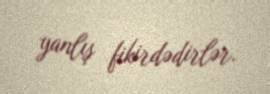
yanlış fikirdədirlər.